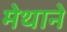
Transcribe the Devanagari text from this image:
मेथाने